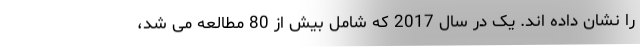
را نشان داده اند. یک در سال 2017 که شامل بیش از 80 مطالعه می شد،